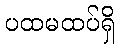
ပထမထပ်ရှိ